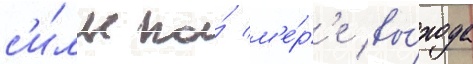
с'и́лы по́ м'е́р'е вы́хода